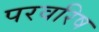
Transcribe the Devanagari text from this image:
परवरिष